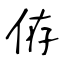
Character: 侟